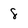
Character: 8